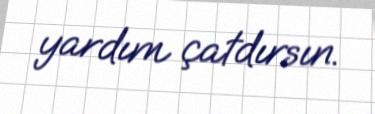
yardım çatdırsın.